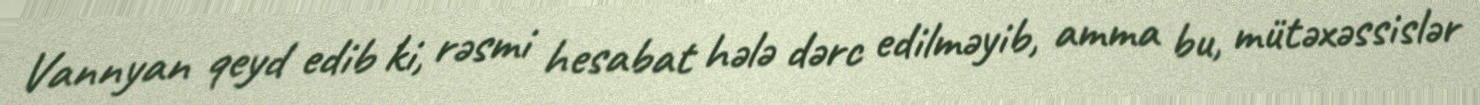
Vannyan qeyd edib ki, rəsmi hesabat hələ dərc edilməyib, amma bu, mütəxəssislər